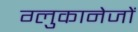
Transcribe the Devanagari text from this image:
ग्लुकानेजों